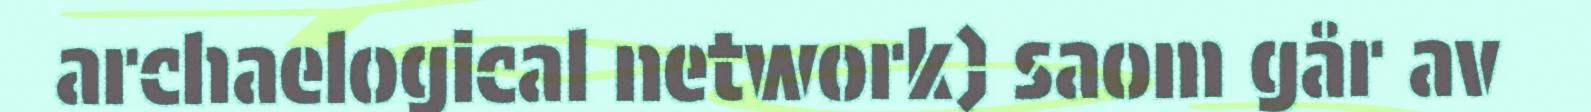
archaelogical network) saom går av